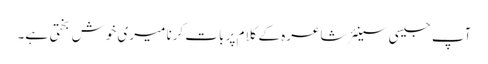
آپ جیسی سینئر شاعرہ کے کلام پر بات کرنا میری خوش بختی ہے۔